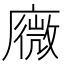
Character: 𢋋